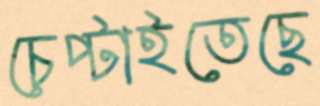
চেপ্‌টাইতেছে